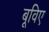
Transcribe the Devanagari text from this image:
बूविए